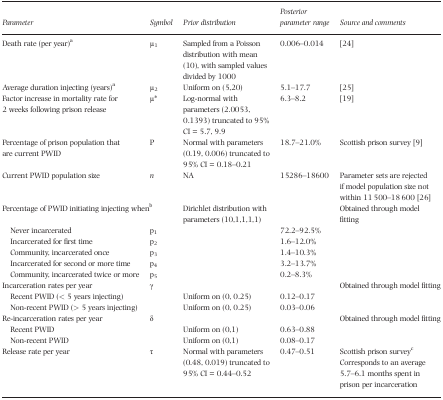
| Parameter | Symbol | Prior distribution | Posterior parameter range | Source and comments |
 | --- | --- | --- | --- | --- |
 | Death rate (per year)a | μ1 | Sampled from a Poisson distribution with mean (10), with sampled values divided by 1000 | 0.006–0.014 | 24 |
 | Average duration injecting (years)a | μ2 | Uniform on (5,20) | 5.1–17.7 | 25 |
 | Factor increase in mortality rate for 2 weeks following prison release | μ* | Log‐normal with parameters (2.0053, 0.1393) truncated to 95% CI = 5.7, 9.9 | 6.3–8.2 | 19 |
 | Percentage of prison population that are current PWID | P | Normal with parameters (0.19, 0.006) truncated to 95% CI = 0.18–0.21 | 18.7–21.0% | Scottish prison survey 9 |
 | Current PWID population size | n | NA | 15286–18600 | Parameter sets are rejected if model population size not within 11 500–18 600 26 |
 | <COLSPAN=2> Percentage of PWID initiating injecting whenb | Dirichlet distribution with parameters (10,1,1,1,1) |  | <ROWSPAN=6> Obtained through model fitting |
 | Never incarcerated | p1 |  | 72.2–92.5% |
 | Incarcerated for first time | p2 |  | 1.6–12.0% |
 | Community, incarcerated once | p3 |  | 1.4–10.3% |
 | Incarcerated for second or more time | p4 |  | 3.2–13.7% |
 | Community, incarcerated twice or more | p5 |  | 0.2–8.3% |
 | Incarceration rates per year | γ |  |  | <ROWSPAN=3> Obtained through model fitting |
 | Recent PWID (< 5 years injecting) |  | Uniform on (0, 0.25) | 0.12–0.17 |
 | Non‐recent PWID (> 5 years injecting) |  | Uniform on (0, 0.25) | 0.03–0.06 |
 | Re‐incarceration rates per year | δ |  |  | <ROWSPAN=3> Obtained through model fitting |
 | Recent PWID |  | Uniform on (0,1) | 0.63–0.88 |
 | Non‐recent PWID |  | Uniform on (0,1) | 0.08–0.17 |
 | Release rate per year | τ | Normal with parameters (0.48, 0.019) truncated to 95% CI = 0.44–0.52 | 0.47–0.51 | Scottish prison surveycCorresponds to an average 5.7–6.1 months spent in prison per incarceration |